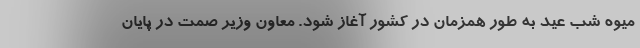
میوه شب عید به طور همزمان در کشور آغاز شود. معاون وزیر صمت در پایان